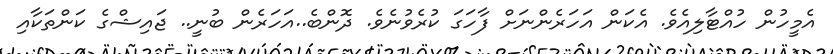
އެމީހުން ހުއްޓާލިއެވެ. އެކަން އަހަރެންނަށް ފާހަގަ ކުރެވުނެވެ. ދޮންބެ..އަހަރެން ބުނީ.. ޖައިޝްގެ ކަންތަކާއި